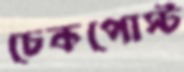
চেকপোস্ট